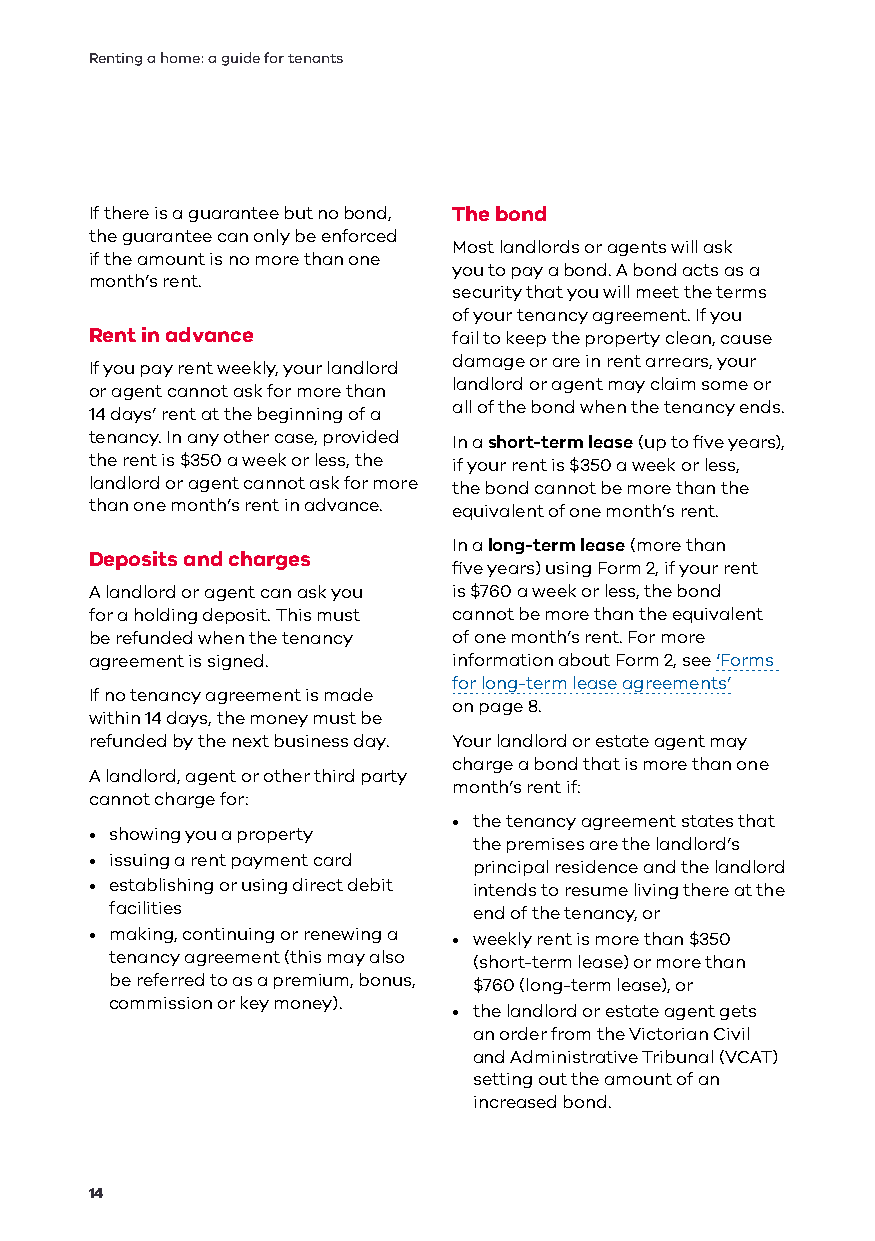
Renting a home: a guide for tenants
 If there is a guarantee but no bond, The bond
 the guarantee can only be enforced
 Most landlords or agents will ask
 if the amount is no more than one
 you to pay a bond. A bond acts as a
 month’s rent.
 security that you will meet the terms
 of your tenancy agreement. If you
 Rent in advance         fail to keep the property clean, cause
 damage or are in rent arrears, your
 If you pay rent weekly, your landlord
 landlord or agent may claim some or
 or agent cannot ask for more than
 all of the bond when the tenancy ends.
 14 days’ rent at the beginning of a
 tenancy. In any other case, provided In a short-term lease (up to five years),
 the rent is $350 a week or less, the if your rent is $350 a week or less,
 landlord or agent cannot ask for more the bond cannot be more than the
 than one month’s rent in advance. equivalent of one month’s rent.
 In a long-term lease (more than
 Deposits and charges
 five years) using Form 2, if your rent
 A landlord or agent can ask you is $760 a week or less, the bond
 for a holding deposit. This must cannot be more than the equivalent
 be refunded when the tenancy of one month’s rent. For more
 agreement is signed.    information about Form 2, see ‘Forms
 for long-term lease agreements’
 If no tenancy agreement is made
 on page 8.
 within 14 days, the money must be
 refunded by the next business day. Your landlord or estate agent may
 charge a bond that is more than one
 A landlord, agent or other third party
 month’s rent if:
 cannot charge for:
 • the tenancy agreement states that
 • showing you a property
 the premises are the landlord’s
 • issuing a rent payment card
 principal residence and the landlord
 • establishing or using direct debit intends to resume living there at the
 facilities              end of the tenancy, or
 • making, continuing or renewing a • weekly rent is more than $350
 tenancy agreement (this may also (short-term lease) or more than
 be referred to as a premium, bonus, $760 (long-term lease), or
 commission or key money).
 • the landlord or estate agent gets
 an order from the Victorian Civil
 and Administrative Tribunal (VCAT)
 setting out the amount of an
 increased bond.
 14